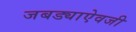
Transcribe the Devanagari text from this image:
जबड्याऐवजी